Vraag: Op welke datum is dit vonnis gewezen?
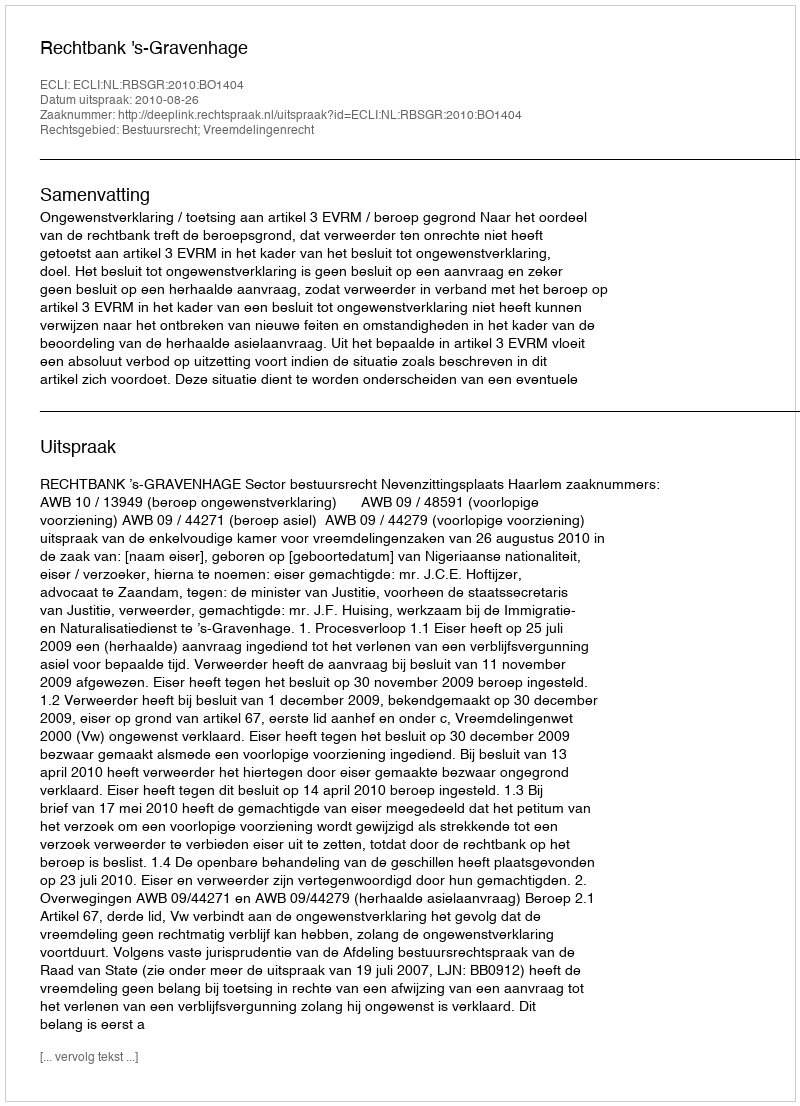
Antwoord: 2010-08-26